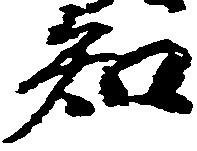
知